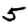
Digit: 5